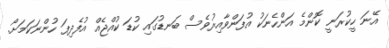
އޭނަ ހީކުރަނީ ކޮންމެ އަންހެނަކު އުފަންވާއިރުވެސް ބަނޑުގައި ކުޑަ ކުއްޖެއް އުފެދިފަ ހުންނަކަމަށޯ.